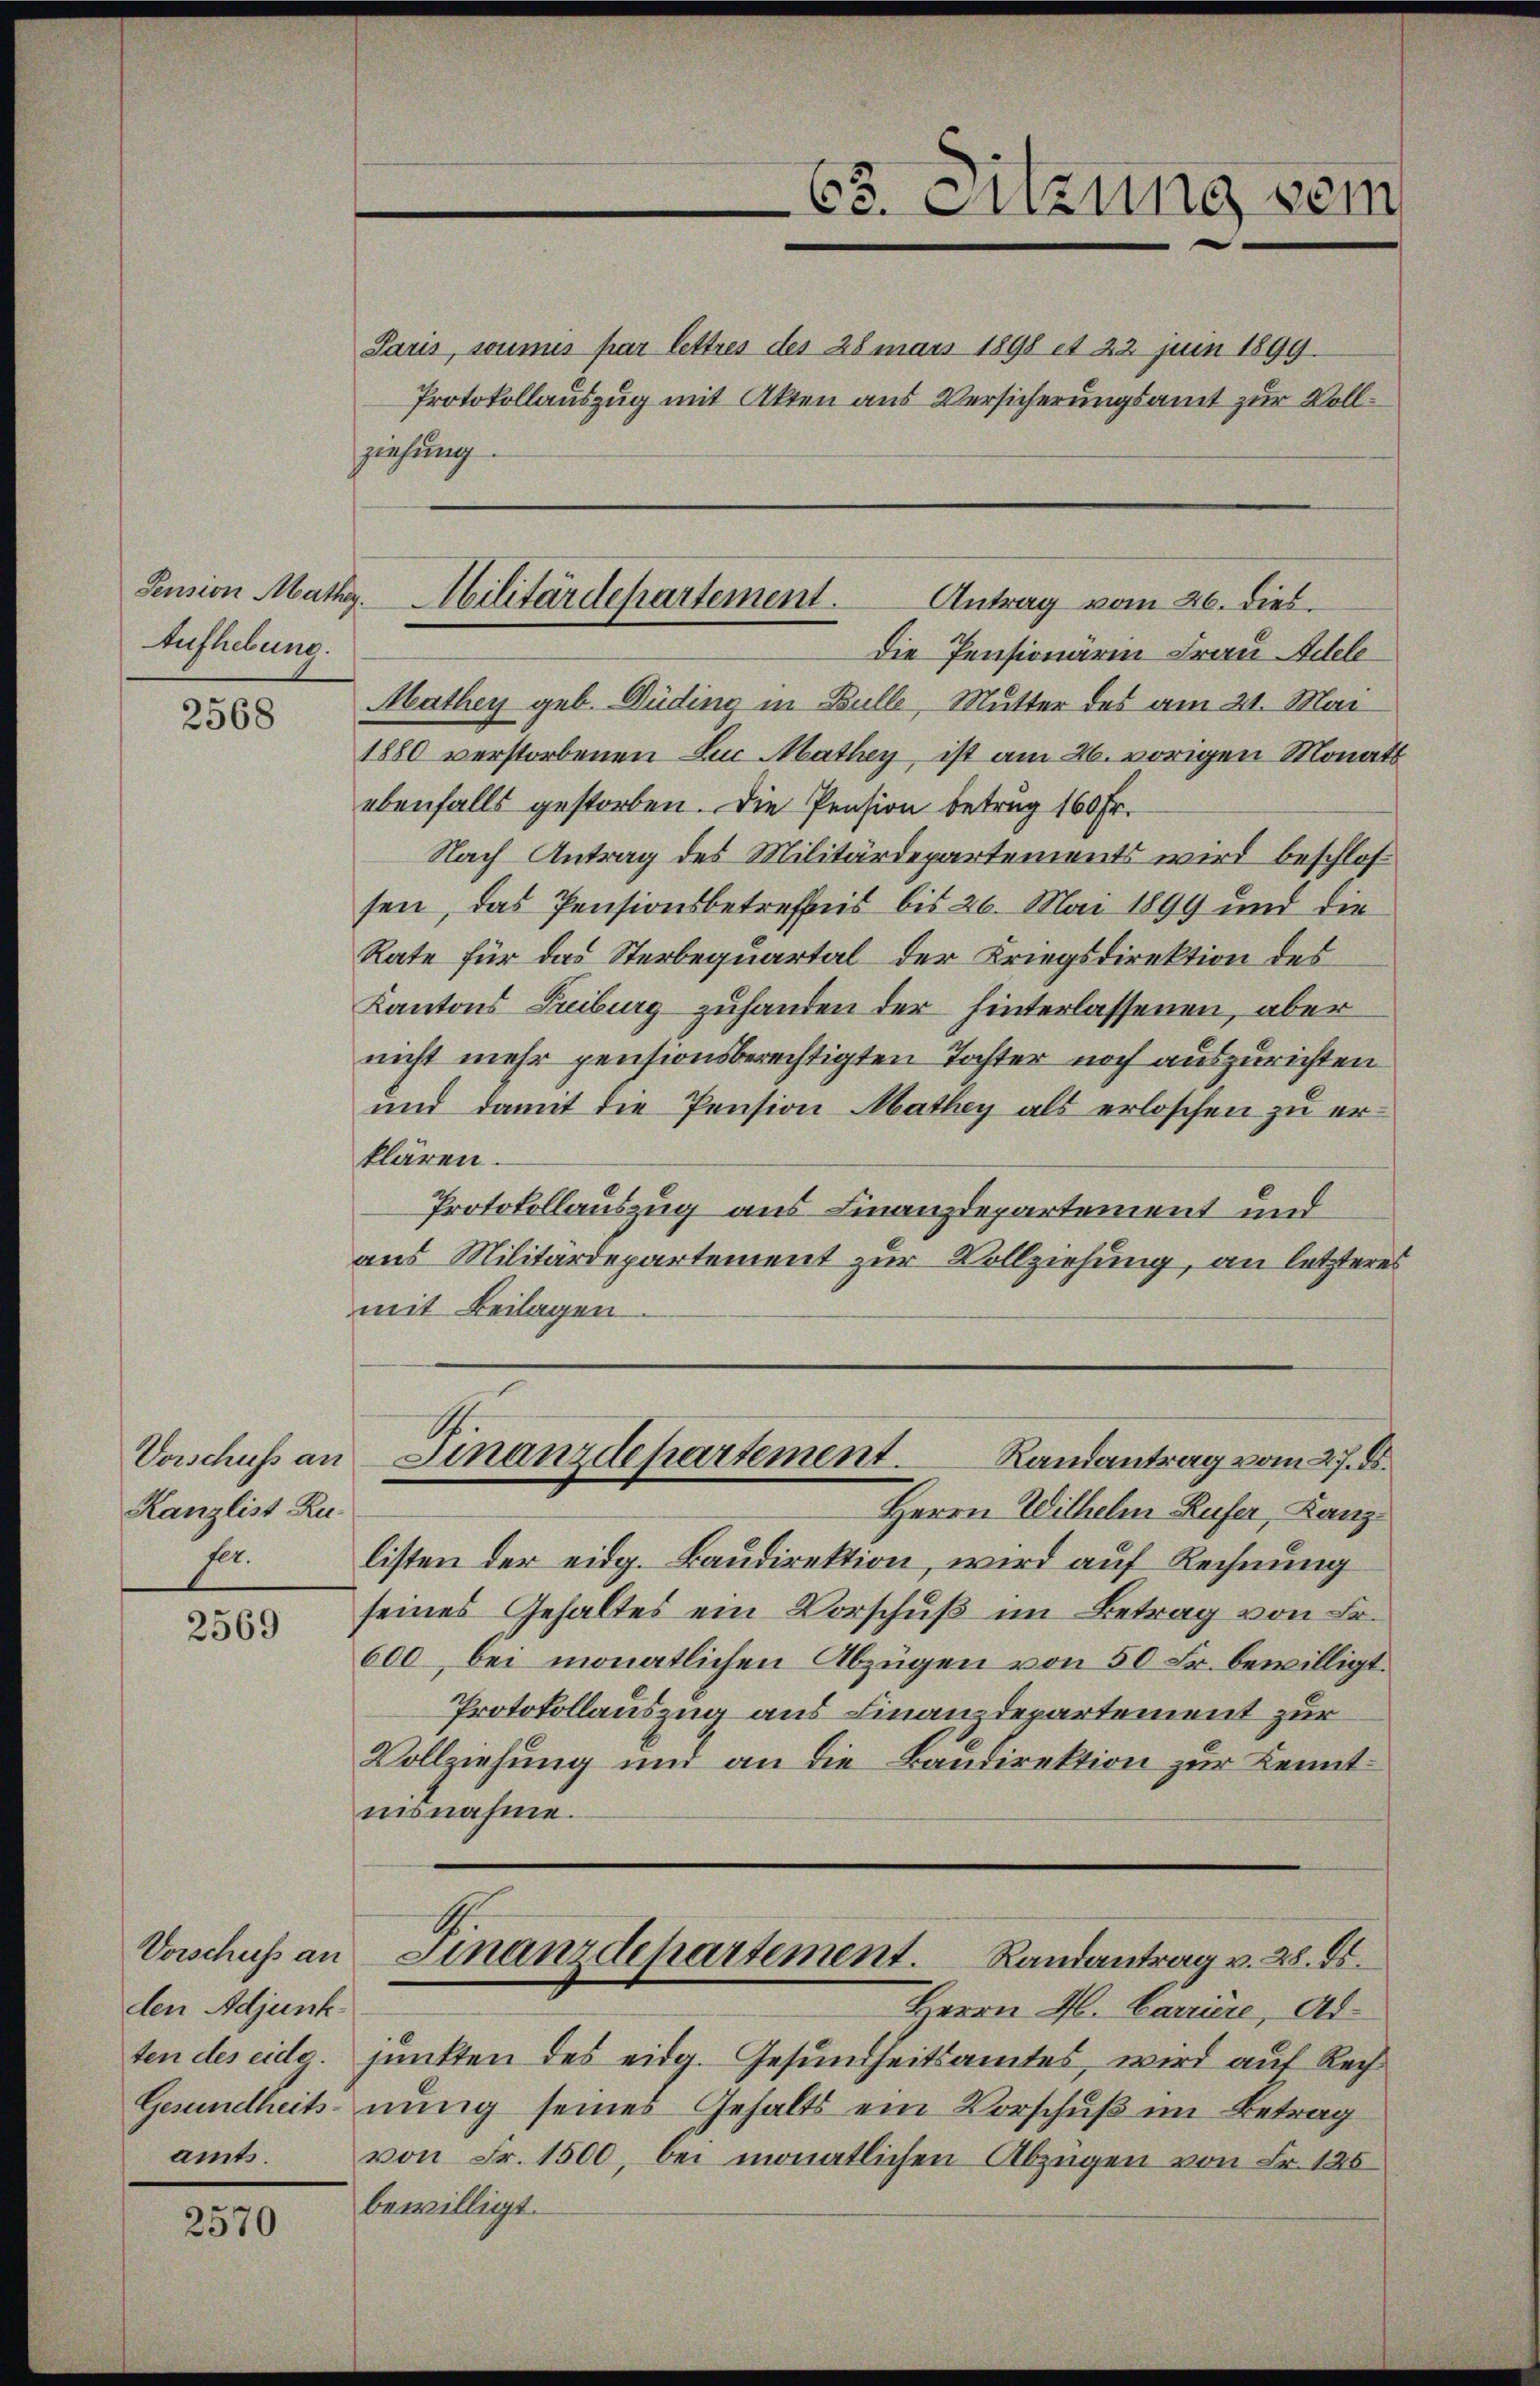
Pension Mathy,
Aufhebung.

2568

Vorschuss an
Kanzlist Ru¬
J.

2569

Vorschuss an
den Adjunk
amts.

2570

Paris, soumis par lettres des 28 mars 1898 et 22 Juin 1899
Protokollauszug mit Akten aus Versicherungsamt zur Vollziehung
Die Pensionärin Frau Adele
Mathey geb. Büding in Bulle, Mutter des am 21. Mai
1880 verstorbenen Lun Mathey, ist am 26. vorigen Monats
ebenfalls gestorben. Die Pension betrug 160 Fr.
Nach Antrag des Militärdepartements wird beschlossen, das Pensionsbetreffnis bis 26. Mai 1899 und die
Rate für das Sterbequartal der Kriegsdirektion des
Kantons Freiburg zuhanden der hinterlassenen, aber
nicht mehr pensionsberechtigten Tochter noch auszurichten
und damit die Pension Mathey als erloschen zu erklären.
Protokollauszug aus Finanzdepartement und
aus Militärdepartement zur Vollziehung, an letzteres
mit Beilagen
Finanzdepartement. Randantrag vom 27. ds.
Herrn Wilhelm Rufer, Kanzlisten der eidg. Baudirektion, wird auf Rechnung
seines Gehaltes ein Vorschuß im Betrag von Fr.
600, bei monatlichen Abzügen von 50 Fr. bewilligt.
Protokollauszug aus Finanzdepartement zur
Vollziehung und an die Baudirektion zur Kenntuusnahme.
Finanzdepartement. Randantrag v. 28. ds.
Herrn H. Carriere, Adten des eidg. junkten des eidg. Gesundheitsamtes, wird auf Rech
Gesundheits-nung seines Gehalts ein Vorschuß im Betrag
von Fr. 1500, bei monatlichen Abzügen von Fr. 125
bewilligt.

63. Sitzung vom

Militärdepartement.
Antrag vom 26. dies